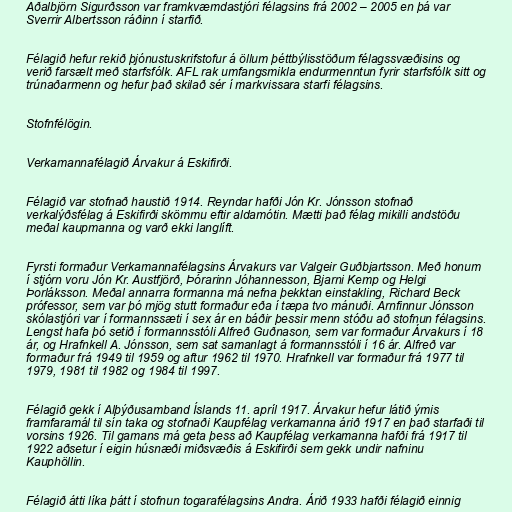
Aðalbjörn Sigurðsson var framkvæmdastjóri félagsins frá 2002 – 2005 en þá var
Sverrir Albertsson ráðinn í starfið.

Félagið hefur rekið þjónustuskrifstofur á öllum þéttbýlisstöðum félagssvæðisins og
verið farsælt með starfsfólk. AFL rak umfangsmikla endurmenntun fyrir starfsfólk sitt og
trúnaðarmenn og hefur það skilað sér í markvissara starfi félagsins.

Stofnfélögin.

Verkamannafélagið Árvakur á Eskifirði.

Félagið var stofnað haustið 1914. Reyndar hafði Jón Kr. Jónsson stofnað
verkalýðsfélag á Eskifirði skömmu eftir aldamótin. Mætti það félag mikilli andstöðu
meðal kaupmanna og varð ekki langlíft.

Fyrsti formaður Verkamannafélagsins Árvakurs var Valgeir Guðbjartsson. Með honum
í stjórn voru Jón Kr. Austfjörð, Þórarinn Jóhannesson, Bjarni Kemp og Helgi
Þorláksson. Meðal annarra formanna má nefna þekktan einstakling, Richard Beck
prófessor, sem var þó mjög stutt formaður eða í tæpa tvo mánuði. Arnfinnur Jónsson
skólastjóri var í formannssæti í sex ár en báðir þessir menn stóðu að stofnun félagsins.
Lengst hafa þó setið í formannsstóli Alfreð Guðnason, sem var formaður Árvakurs í 18
ár, og Hrafnkell A. Jónsson, sem sat samanlagt á formannsstóli í 16 ár. Alfreð var
formaður frá 1949 til 1959 og aftur 1962 til 1970. Hrafnkell var formaður frá 1977 til
1979, 1981 til 1982 og 1984 til 1997.

Félagið gekk í Alþýðusamband Íslands 11. apríl 1917. Árvakur hefur látið ýmis
framfaramál til sín taka og stofnaði Kaupfélag verkamanna árið 1917 en það starfaði til
vorsins 1926. Til gamans má geta þess að Kaupfélag verkamanna hafði frá 1917 til
1922 aðsetur í eigin húsnæði miðsvæðis á Eskifirði sem gekk undir nafninu
Kauphöllin.

Félagið átti líka þátt í stofnun togarafélagsins Andra. Árið 1933 hafði félagið einnig